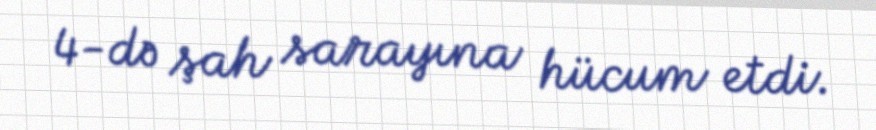
4-də şah sarayına hücum etdi.